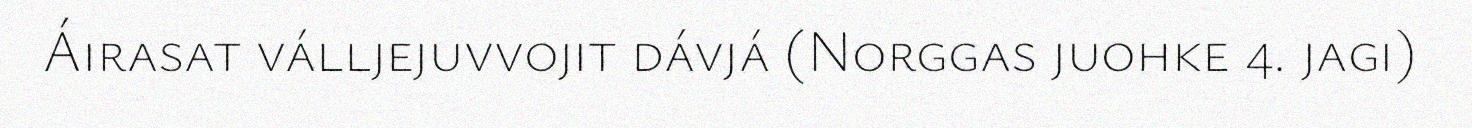
Áirasat válljejuvvojit dávjá (Norggas juohke 4. jagi)